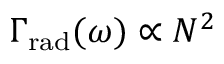
\Gamma _ { \mathrm { r a d } } ( \omega ) \propto N ^ { 2 }